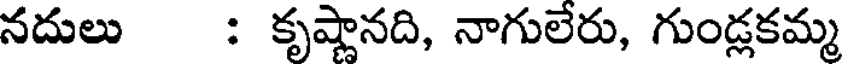
నదులు : కృష్ణానది, నాగులేరు, గుండ్లకమ్మ